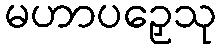
မဟာပဉှေသု